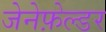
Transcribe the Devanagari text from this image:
जेनेफ़ेल्डर